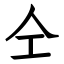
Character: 仝